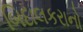
બિદાલકરાનો